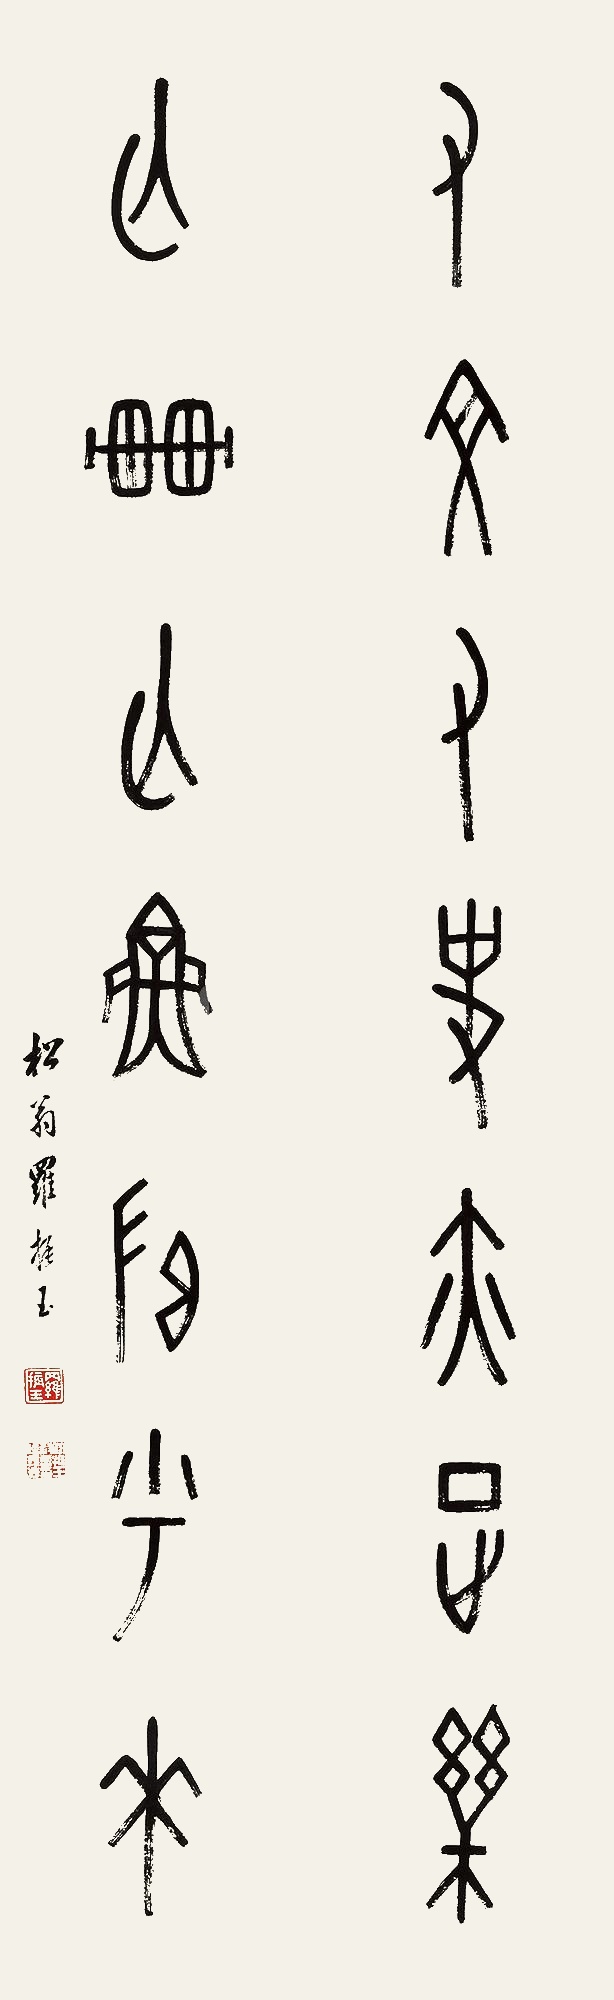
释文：有文有史亦足乐，无车无鱼归乎来。松翁罗振玉。